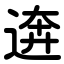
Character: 逩